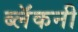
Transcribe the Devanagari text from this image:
ब्लॅकनी